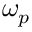
\omega _ { p }